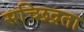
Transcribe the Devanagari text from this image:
सच्छिद्रता